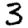
Digit: 3